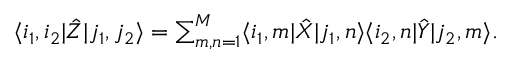
\textstyle \langle i _ { 1 } , i _ { 2 } | \hat { Z } | j _ { 1 } , j _ { 2 } \rangle = \sum _ { m , n = 1 } ^ { M } \langle i _ { 1 } , m | \hat { X } | j _ { 1 } , n \rangle \langle i _ { 2 } , n | \hat { Y } | j _ { 2 } , m \rangle .